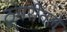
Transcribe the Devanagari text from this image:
ठुमरीतले